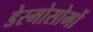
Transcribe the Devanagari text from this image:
डेस्मोसोमों